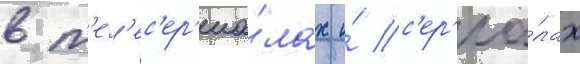
в т'ел'ес'ер'иа́лах и́ с'ер'иа́лах